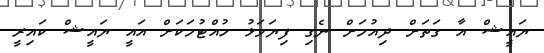
ޔައީޝް އާ ގަތަށް ދިއުމަށް ނެގި ފިޔަވަޅު ހުއްޓުމަކަށް އައީ ޔައީޝް ކައިރީ